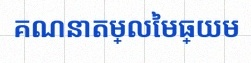
គណនាតម្លៃមធ្យម